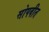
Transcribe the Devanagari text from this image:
सोपवीत